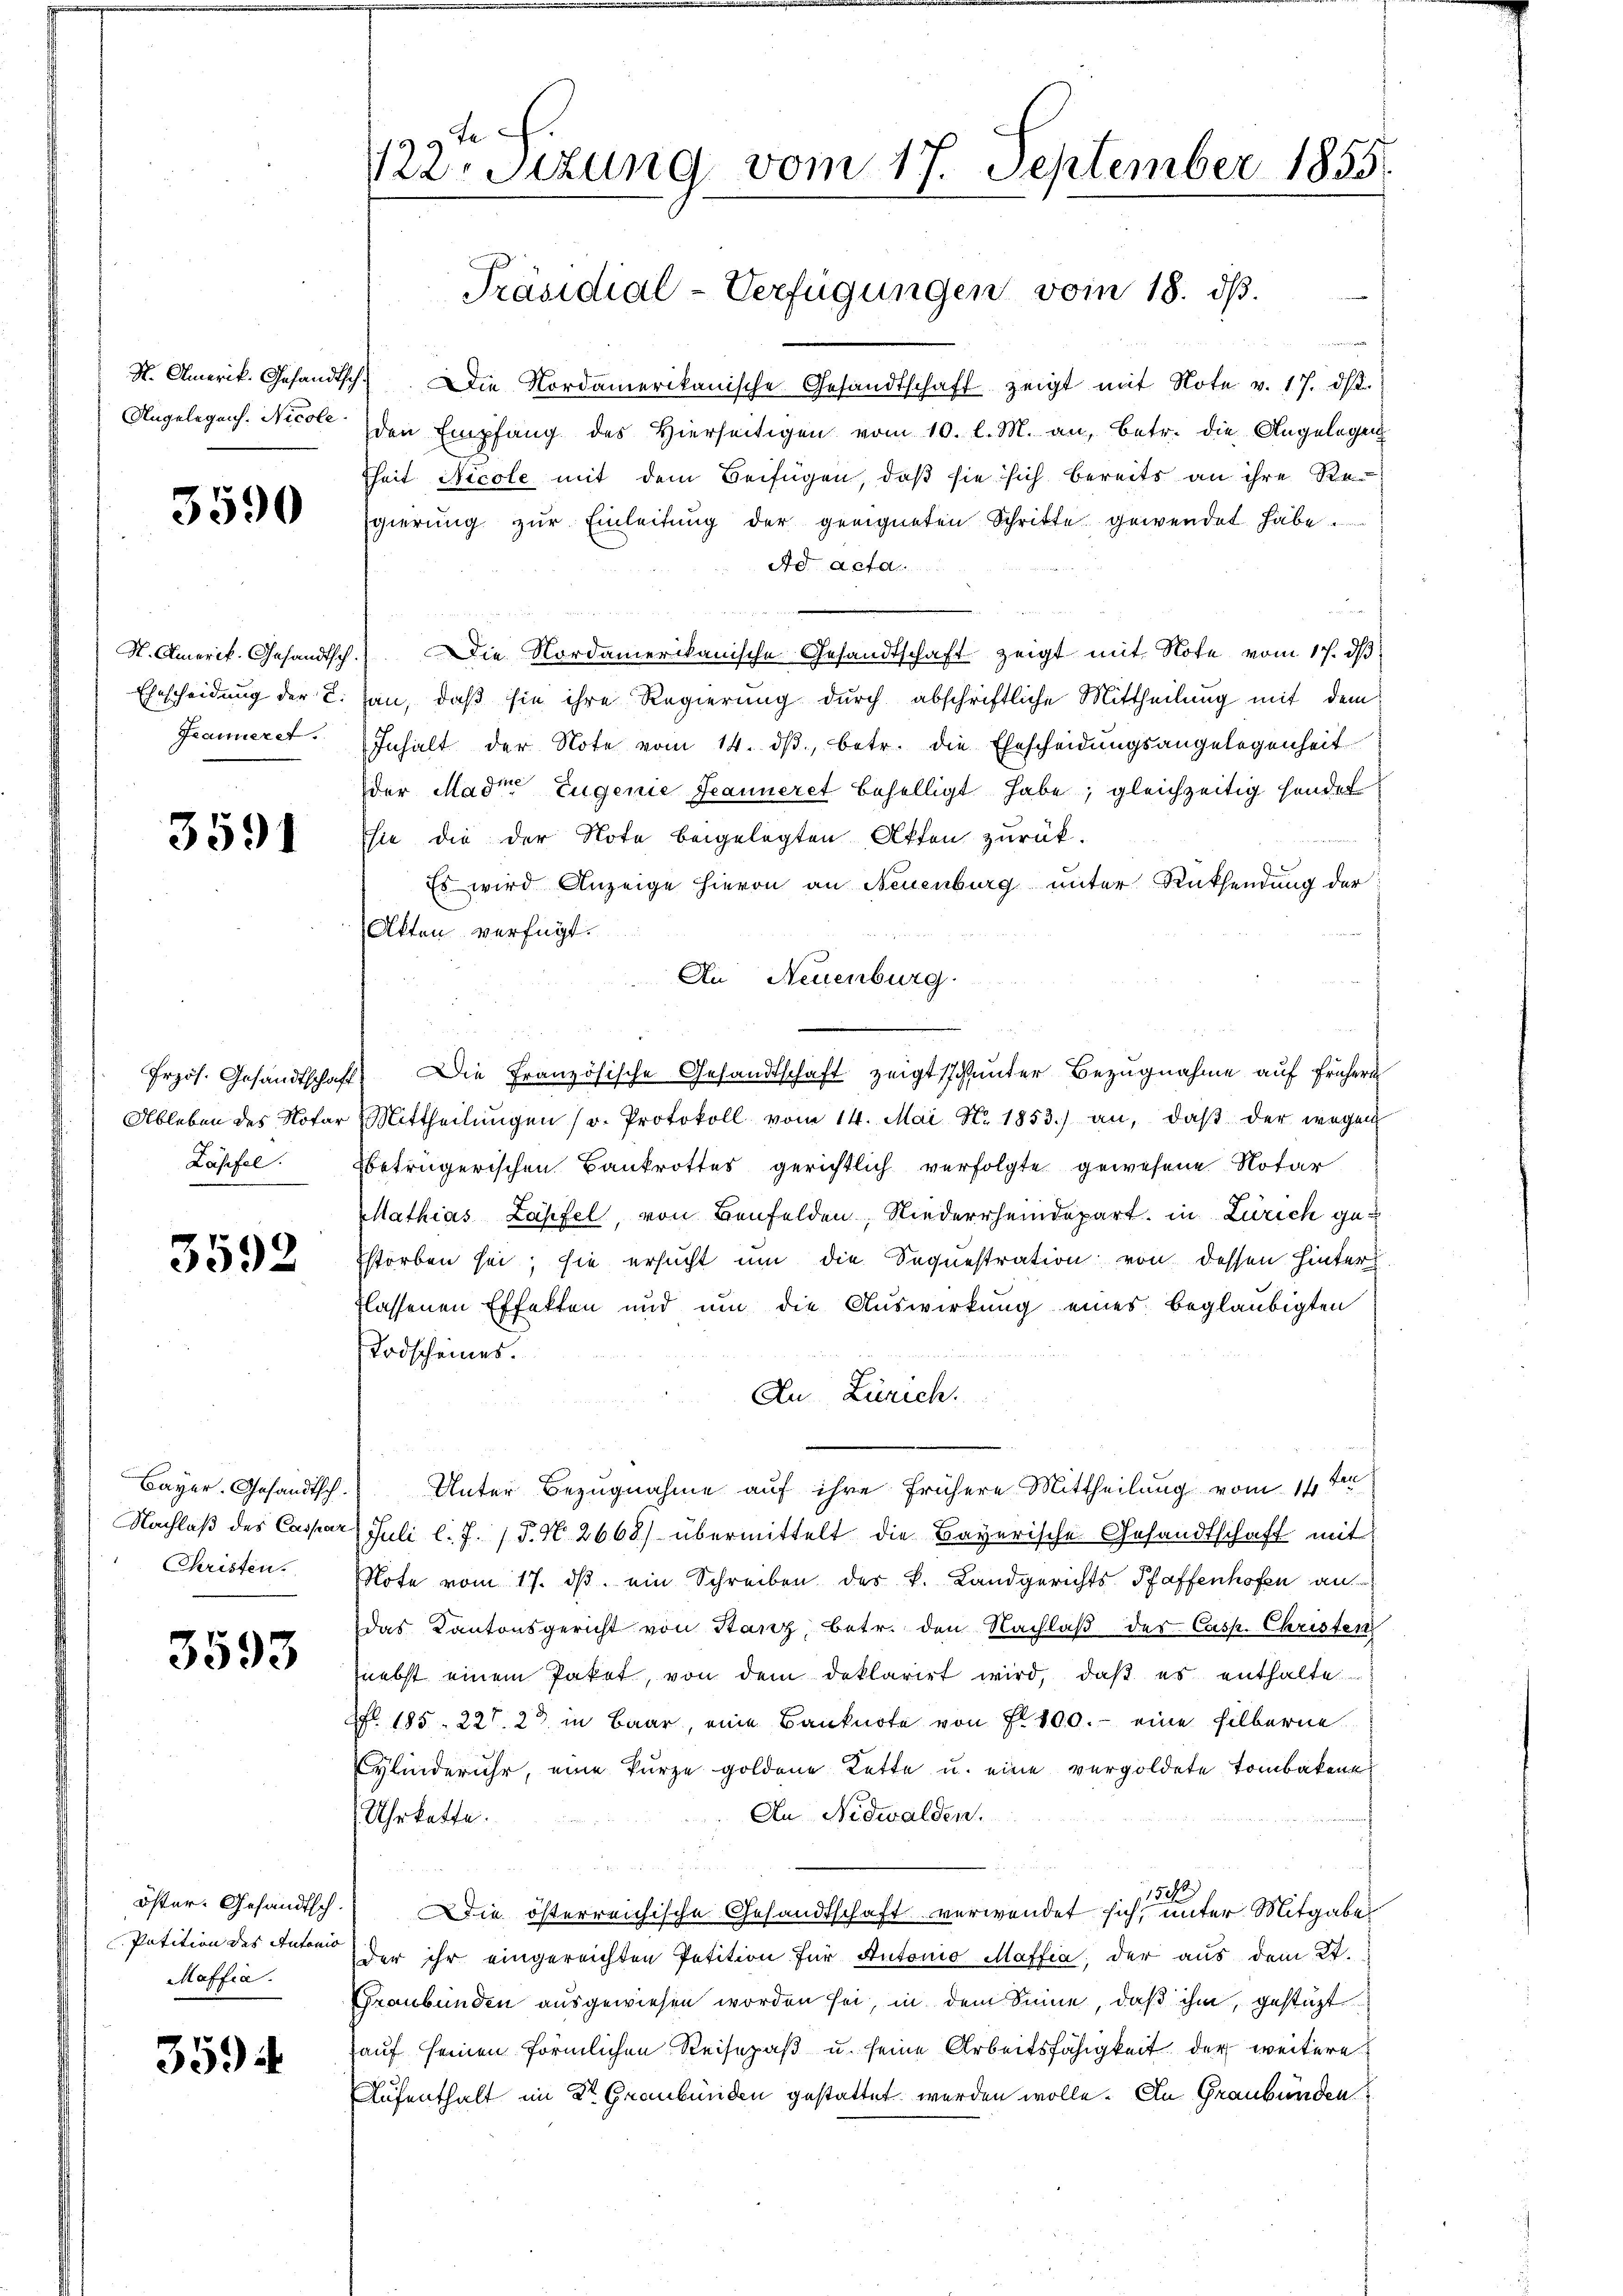
N. Amerik. Gesandtsch¬

3590

St. Amerik. Gesandtsch.
Ehescheidung der L.
Fraueret.

3591

Przös. Gesandtschaft
Ableben des Notar
Lasfel

3592

Bayer. Gesandtsch.
Nachlaß des Caspar
Christen.

3593

öster. Gesandtsch.
Patition des Autonio
Maffia.

3594

19 te
Kar Sitzung vom 17. September 1855.

Präsidial-Verfügungen vom 18. ds.

Die Nordamerikanische Gesandtschaft zeigt mit Note v. 17. dβ.
Angelegens. Nicol den Empfang des Hierseitigen vom 10. l. M. an, betr. die Angelegen
fheit Nicole mit dem Beifügen, daß sie sich bereits an ihre Re-
gierung zŭr Einleitung der geeigneten Schritte gewendet habe.
Ad Acta
Die Nordamerikanische Gesandtschaft zeigt mit Note vom 17. ds
san, daß sie ihre Regierung durch abschriftliche Mittheilung mit dem
Inhalt der Note vom 14. dβ, betr. die Ehescheidungsangelegenheit
der Mader Eugenie Jeanneret behelligt habe; gleichzeitig hander
sie die der Note beigelegten Akten zurück.
Es wird Anzeige hievon an Neuenburg unter Rücksendung der
Akten verfügt:
An Neuenburg.
Die Französische Gesandtschaft zeigt sich unter Bezugnahme auf frühern
Mittheilŭngen sr. Protokoll vom 14. Mai No. 1853.) an, daβ der wegen
betrügerischen Bankrottes gerichtlich verfolgte gewesene Notar
Mathias Läpfel, von Benfelden, Niederrheindepart, in Zürich gestorben sei; sie ersucht um die Sequestration von dessen hinter
flassenen Effekten und um die Auswirkung eines beglaubigten
Todscheines.
An Zürich.
Unter Bezugnahme auf ihre frühere Mittheilung vom 11 ten
Juli l. J. J. N. 2668) übermittelt die Bayerische Gesandtschaft mit
Rote vom 17. dβ ein Schreiben des k. Landgerichts-Pfaffenhofen an
das Kantonsgericht von Stanz betr. den Nachlaβ der Casp. Christen
nebst einem Paket, von dem deklarirt wird, daβ es enthalte
fl. 185. 227, 23 in Baar, eine Banknote von fl. 100. eine silberne
ylinderuhr, eine kurze goldene Lette u. eine vergoldete Tombaken
An Nidwalden.
Uhrkette.
150
Die österreichische Gesandtschaft verwendet sich, unter Mitgabe
der ihr eingereichten Petition für Autonio Maffia, der aus dem 2t.
Graubünden ausgewiesen worden sei, in dem Sinne, daß ihm, gestützt
auf seinen förmlichen Reisepaß u. seine Arbeitsfähigkeit der weitere
Aufenthalt im 2t Graubünden gestattet werden wolle. An Graubünden